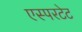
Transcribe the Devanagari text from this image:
एस्परटेट